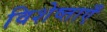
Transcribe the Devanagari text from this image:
विशेष्ताएँ